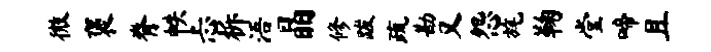
微褒脊帙忐柝浯晶修跋疏勘又怨旄鞠堂啼且